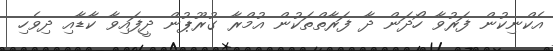
އެކްނިކުން ފަރުވާ ހޯދަން ދާ ފަރާތްތަކުން އުމްރާ ގުރޫޕުން ދީފައިވާ ކާޑާއި ދިވެހި